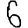
Digit: 6